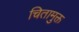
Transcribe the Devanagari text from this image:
चितामुक्त